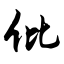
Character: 仳